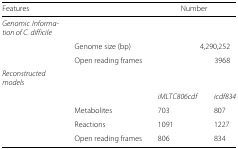
| Features |  | <COLSPAN=2> Number |
 | --- | --- | --- | --- |
 | Genomic Information of C. difficile |  | <COLSPAN=2>  |
 |  | Genome size (bp) | <COLSPAN=2> 4,290,252 |
 |  | Open reading frames | <COLSPAN=2> 3968 |
 | Reconstructed models |  |  |  |
 |  |  | iMLTC806cdf | icdf834 |
 |  | Metabolites | 703 | 807 |
 |  | Reactions | 1091 | 1227 |
 |  | Open reading frames | 806 | 834 |